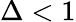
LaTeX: \Delta<1